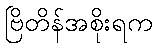
ဗြိတိန်အစိုးရက